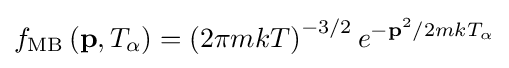
f_{\rm {MB}}\left(\mathbf {p} ,T_{\alpha }\right)=\left(2\pi mkT\right)^{-3/2}e^{-\mathbf {p} ^{2}/2mkT_{\alpha }}